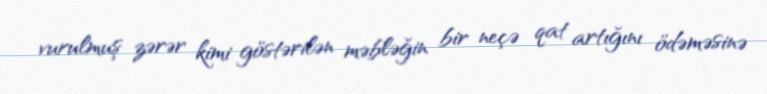
vurulmuş zərər kimi göstərilən məbləğin bir neçə qat artığını ödəməsinə